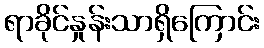
ရာခိုင်နှုန်းသာရှိကြောင်း